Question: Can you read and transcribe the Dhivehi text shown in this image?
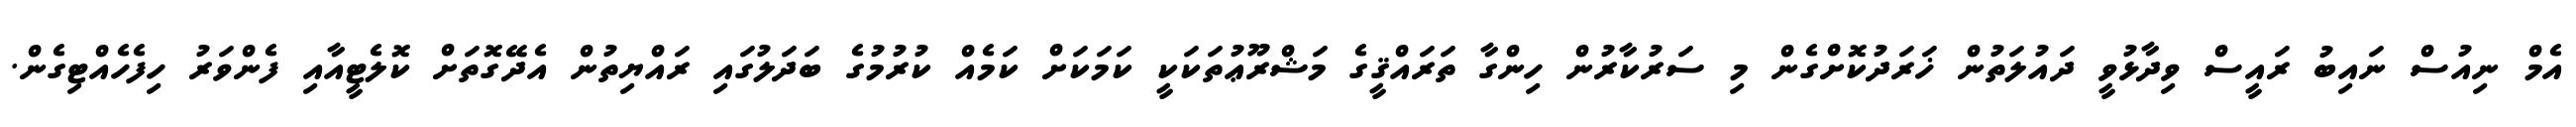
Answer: އެމް ނިއުސް ނައިބު ރައީސް ވިދާޅުވީ ދައުލަތުން ޚަރަދުކޮށްގެން މި ސަރުކާރުން ހިންގާ ތަރައްޤީގެ މަޝްރޫޢުތަކަކީ ކަމަކަށް ކަމެއް ކުރުމުގެ ބަދަލުގައި ރައްޔިތުން އެދޭގޮތަށް ކޮލެޓީއާއި ފެންވަރު ހިފެހެއްޓިގެން.